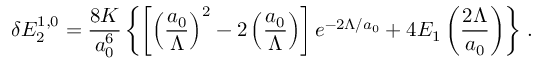
\delta { \cal E } _ { 2 } ^ { 1 , 0 } = \frac { 8 K } { a _ { 0 } ^ { 6 } } \left\{ \left[ \left( \frac { a _ { 0 } } { \Lambda } \right) ^ { 2 } - 2 \left( \frac { a _ { 0 } } { \Lambda } \right) \right] e ^ { - 2 \Lambda / a _ { 0 } } + 4 E _ { 1 } \left( \frac { 2 \Lambda } { a _ { 0 } } \right) \right\} \, { . }